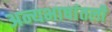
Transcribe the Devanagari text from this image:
अन्यभाषांतली